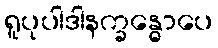
ရူပုပါဒါနက္ခန္ဓောပေ